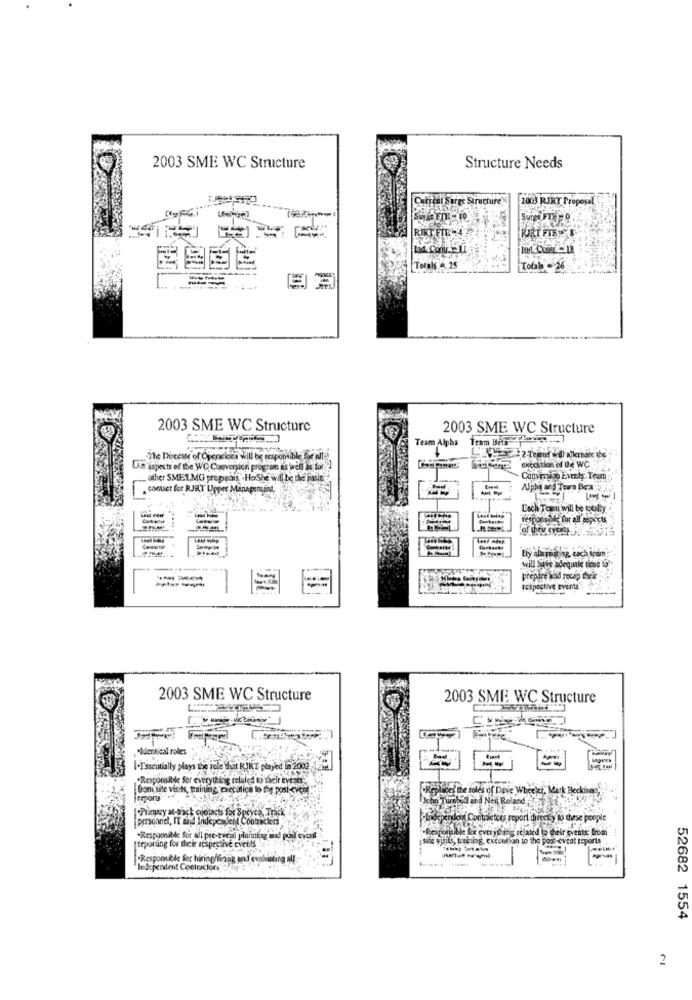
2003 SME WC Structure
Structure Needs
Surge Structure
2003 RIRT Proposal
KURT FIES&
Totals 4. 15
Total - 26
=====
2003 SME WC Structure
2003 SME WC Structure
Team Alpha
ihc Discese of Operacices will be responsible for nit
Ckecation of De WC
Le"inspects of the WC, Conversion progriso as well as for ]
other SME1.MG preparais. . HoShe will be the josit's
Composito Events Team
contact for RJRT Upper Mapapensent,
Each Torn will be coolhy
responsible for all aspects
will have adequale tiene is
-- --
-----
prepare and recap dueix
respective events
2003 SME WC Structure
2003 SME WC Structure
[.Essentially plays the role what RIKT played in 2005
.Responsible for everything related to their evener-
from site viscks, painting, chetitica to the post-cvent
Keplaces the roles of Dave Wheeler, Mark Beckinen,
[tepons
*Punvy a-mick cuotacts for Speyco, Track
personnel, IT and Independent Contracters
-Independent Conitnicters report directly to these people
·Responsible ke everything related to their events Eren
-Responsible for all pre-eucal planning and pool event
reporting for their respective events
ste yuls, training, excoutian to the post -cvcat reports
"Responsible for hiring/finag and evaluating al
ledependent Contractors /ip
52682 1554
2